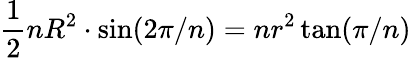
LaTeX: {\frac{1}{2}}nR^{2}\cdot\sin(2\pi/n)=nr^{2}\tan(\pi/n)\,